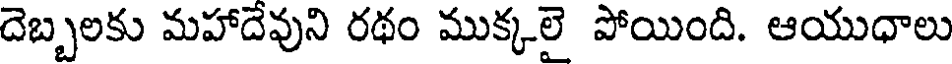
దెబ్బలకు మహాదేవుని రథం ముక్కలై పోయింది. ఆయుధాలు